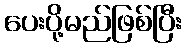
ပေးပို့မည်ဖြစ်ပြီး